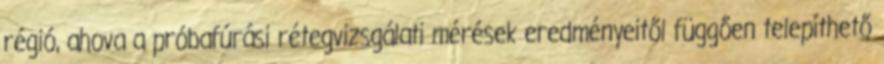
régió, ahova a próbafúrási rétegvizsgálati mérések eredményeitől függően telepíthető